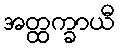
အတ္ထက္ခာယီ